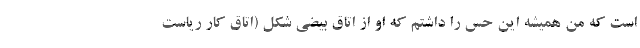
است که من همیشه این حس را داشتم که او از اتاق بیضی شکل (اتاق کار ریاست